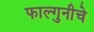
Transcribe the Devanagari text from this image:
फाल्गुनीचे